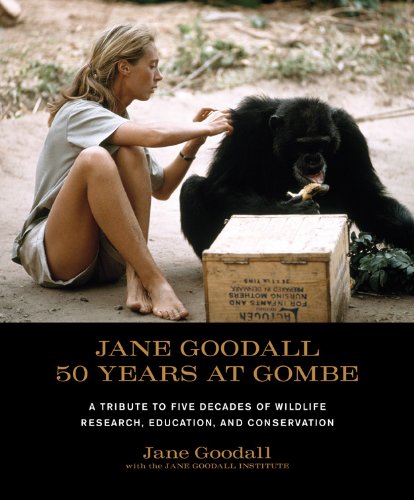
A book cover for Jane Goodall: 50 Years at Gombe; Jane Goodall; Science & Math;